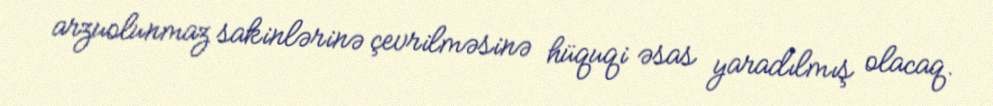
arzuolunmaz sakinlərinə çevrilməsinə hüquqi əsas yaradılmış olacaq.